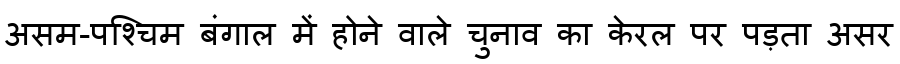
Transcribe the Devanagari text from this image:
असम-पश्चिम बंगाल में होने वाले चुनाव का केरल पर पड़ता असर